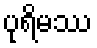
ပုရိမဿ